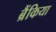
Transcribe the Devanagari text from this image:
ब्रैंकिया